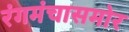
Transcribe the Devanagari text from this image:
रंगमंचासमोर